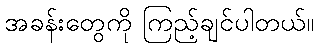
အခန်းတွေကို ကြည့်ချင်ပါတယ်။